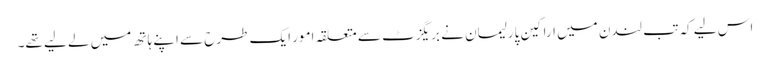
اس لیے کہ تب لندن میں اراکین پارلیمان نے بریگزٹ سے متعلقہ امور ایک طرح سے اپنے ہاتھ میں لے لیے تھے۔